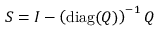
S = I - \left( \operatorname { d i a g } ( Q ) \right) ^ { - 1 } Q